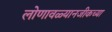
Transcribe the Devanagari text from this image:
लोणावळ्यानजीकच्या